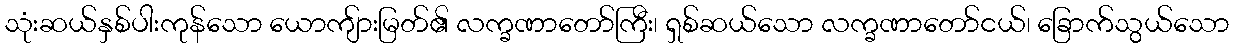
သုံးဆယ်နှစ်ပါးကုန်သော ယောကျ်ားမြတ်၏ လက္ခဏာတော်ကြီး၊ ရှစ်ဆယ်သော လက္ခဏာတော်ငယ်၊ ခြောက်သွယ်သော